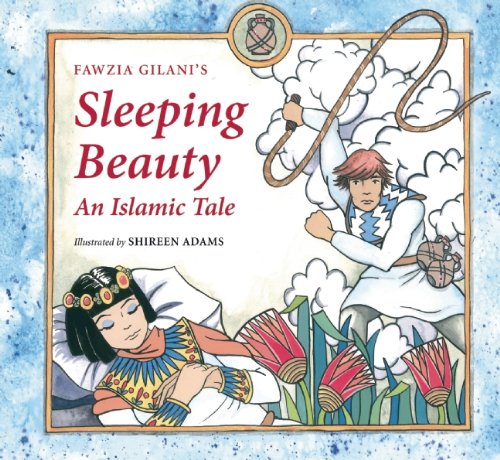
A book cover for Sleeping Beauty: An Islamic Tale (Islamic Fairy Tales); Fawzia Gilani; Children's Books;